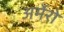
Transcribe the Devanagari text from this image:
अर्मेरो